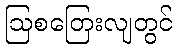
ဩစတြေးလျတွင်